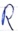
Text: R